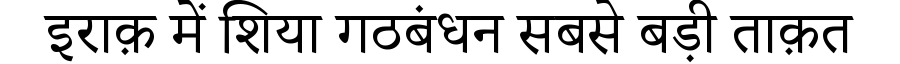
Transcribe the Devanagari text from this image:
इराक़ में शिया गठबंधन सबसे बड़ी ताक़त